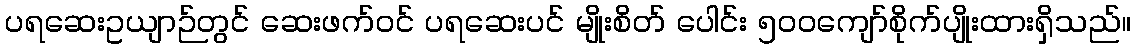
ပရဆေးဥယျာဉ်တွင် ဆေးဖက်ဝင် ပရဆေးပင် မျိုးစိတ် ပေါင်း ၅၀၀ကျော်စိုက်ပျိုးထားရှိသည်။